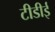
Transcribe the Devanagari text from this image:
टीडीई